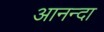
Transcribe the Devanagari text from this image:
आनन्दा